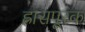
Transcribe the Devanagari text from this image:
ह्रासपूरक